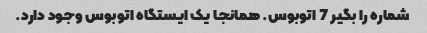
شماره را بگیر 7 اتوبوس. همانجا یک ایستگاه اتوبوس وجود دارد.